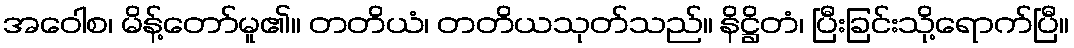
အဝေါစ၊ မိန့်တော်မူ၏။ တတိယံ၊ တတိယသုတ်သည်။ နိဋ္ဌိတံ၊ ပြီးခြင်းသို့ရောက်ပြီ။